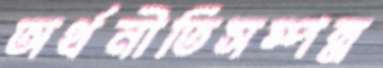
অর্থনীতিসম্পন্ন